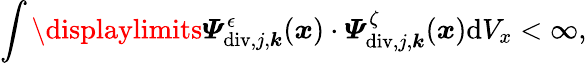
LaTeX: \int\displaylimits\boldsymbol{\varPsi}_{\mathrm{div},j,\boldsymbol{k}}^{\epsilon}(\boldsymbol{x})\cdot\boldsymbol{\varPsi}_{\mathrm{div},j,\boldsymbol{k}}^{\zeta}(\boldsymbol{x})\mathrm{d}V_{x}<\infty,